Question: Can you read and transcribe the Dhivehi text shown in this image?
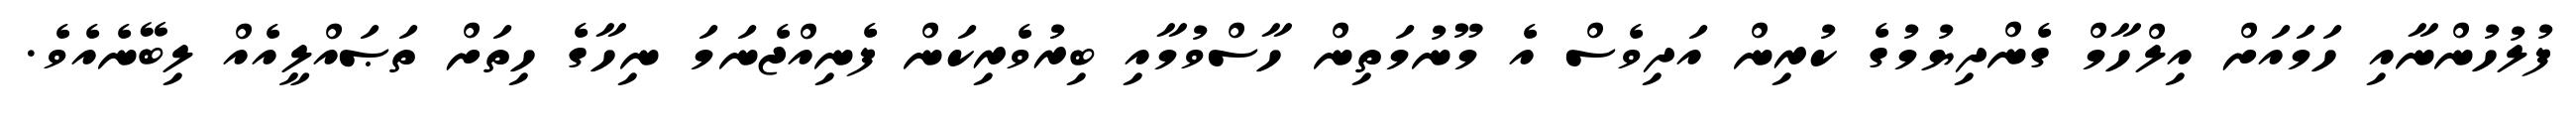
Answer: ފުލުހުންނާއި ހަމައަށް އިލްހާމް ގެންދިޔުމުގެ ކުރިން އަދިވެސް އެ މޫނުމަތިން ހާސްވުމާއި ބިރުވެރިކަން ފެނިއްޖެނަމަ ނިހާގެ ހިތަށް ތަޞައްލީއެއް ލިބޭނެއެވެ.